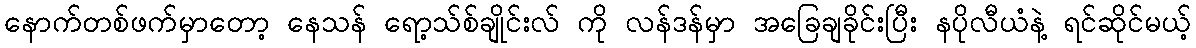
နောက်တစ်ဖက်မှာတော့ နေသန် ရော့သ်စ်ချိုင်းလ် ကို လန်ဒန်မှာ အခြေချခိုင်းပြီး နပိုလီယံနဲ့ ရင်ဆိုင်မယ့်